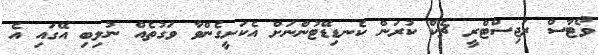
ވޯޓާސް ރަޖިސްޓްރީ ޗެކް ކުރަން ކެނޑިޑޭޓުންނަށް އެކަށީގެންވާ ވަގުތެއް ނުލިބި އޭގައި އެ